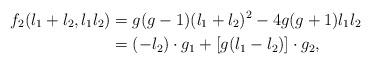
LaTeX: \begin{align*}f_2(l_1+l_2,l_1l_2) &= g(g - 1)(l_1 + l_2)^2 - 4g(g + 1)l_1l_2 \\&= (-l_2)\cdot g_1 + [g(l_1 - l_2)]\cdot g_2,\end{align*}